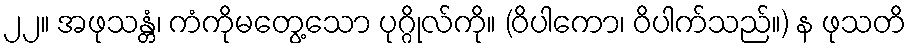
၂၂။ အဖုသန္တံ၊ ကံကိုမတွေ့သော ပုဂ္ဂိုလ်ကို။ (ဝိပါကော၊ ဝိပါက်သည်။) န ဖုသတိ